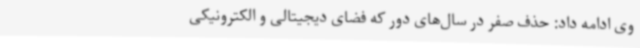
وی ادامه داد: حذف صفر در سال‌های دور که فضای دیجیتالی و الکترونیکی